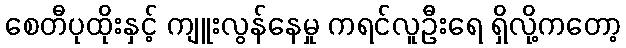
စေတီပုထိုးနှင့် ကျူးလွန်နေမှု ကရင်လူဦးရေ ရှိလို့ကတော့